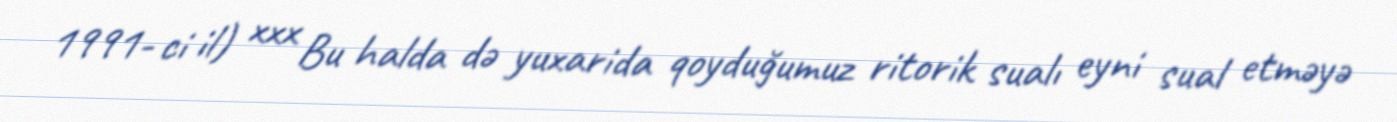
1991- ci il) xxx Bu halda də yuxarida qoyduğumuz ritorik sualı eyni sual etməyə